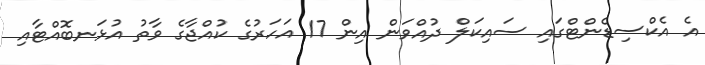
އެ އެކްސިޑެންޓްގައި ސައިކަލް ދުއްވަން އިން 17 އަހަރުގެ ކުއްޖާގެ ވާތު އުޅަނބޮއްޓާއި